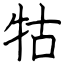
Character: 牯